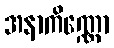
အနာကိဏ္ဏော